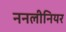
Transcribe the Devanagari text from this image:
ननलीनियर